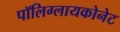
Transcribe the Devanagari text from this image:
पॉलिग्लायकोनेट